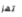
تهز